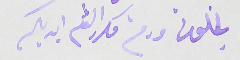
يخلونى ودمتم مكررا لثم ايديكم